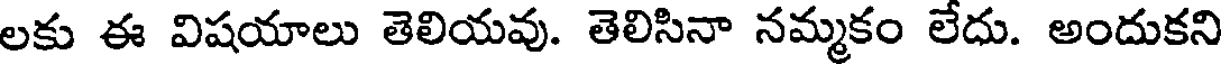
లకు ఈ విషయాలు తెలియవు. తెలిసినా నమ్మకం లేదు. అందుకని